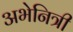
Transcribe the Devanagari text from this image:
अभेनित्री